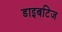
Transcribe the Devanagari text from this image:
डाइबटिज